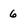
Character: 6